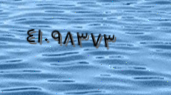
٤١٠٩٨٣٧٣